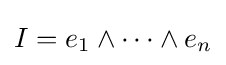
I=e_{1}\wedge \cdots \wedge e_{n}